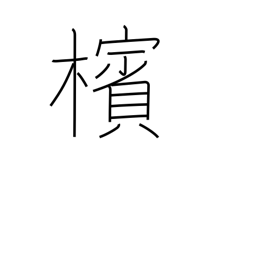
Meaning: betel-nut palm